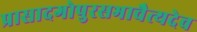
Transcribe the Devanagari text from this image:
प्रासादगोपुरसभाचैत्यदेव